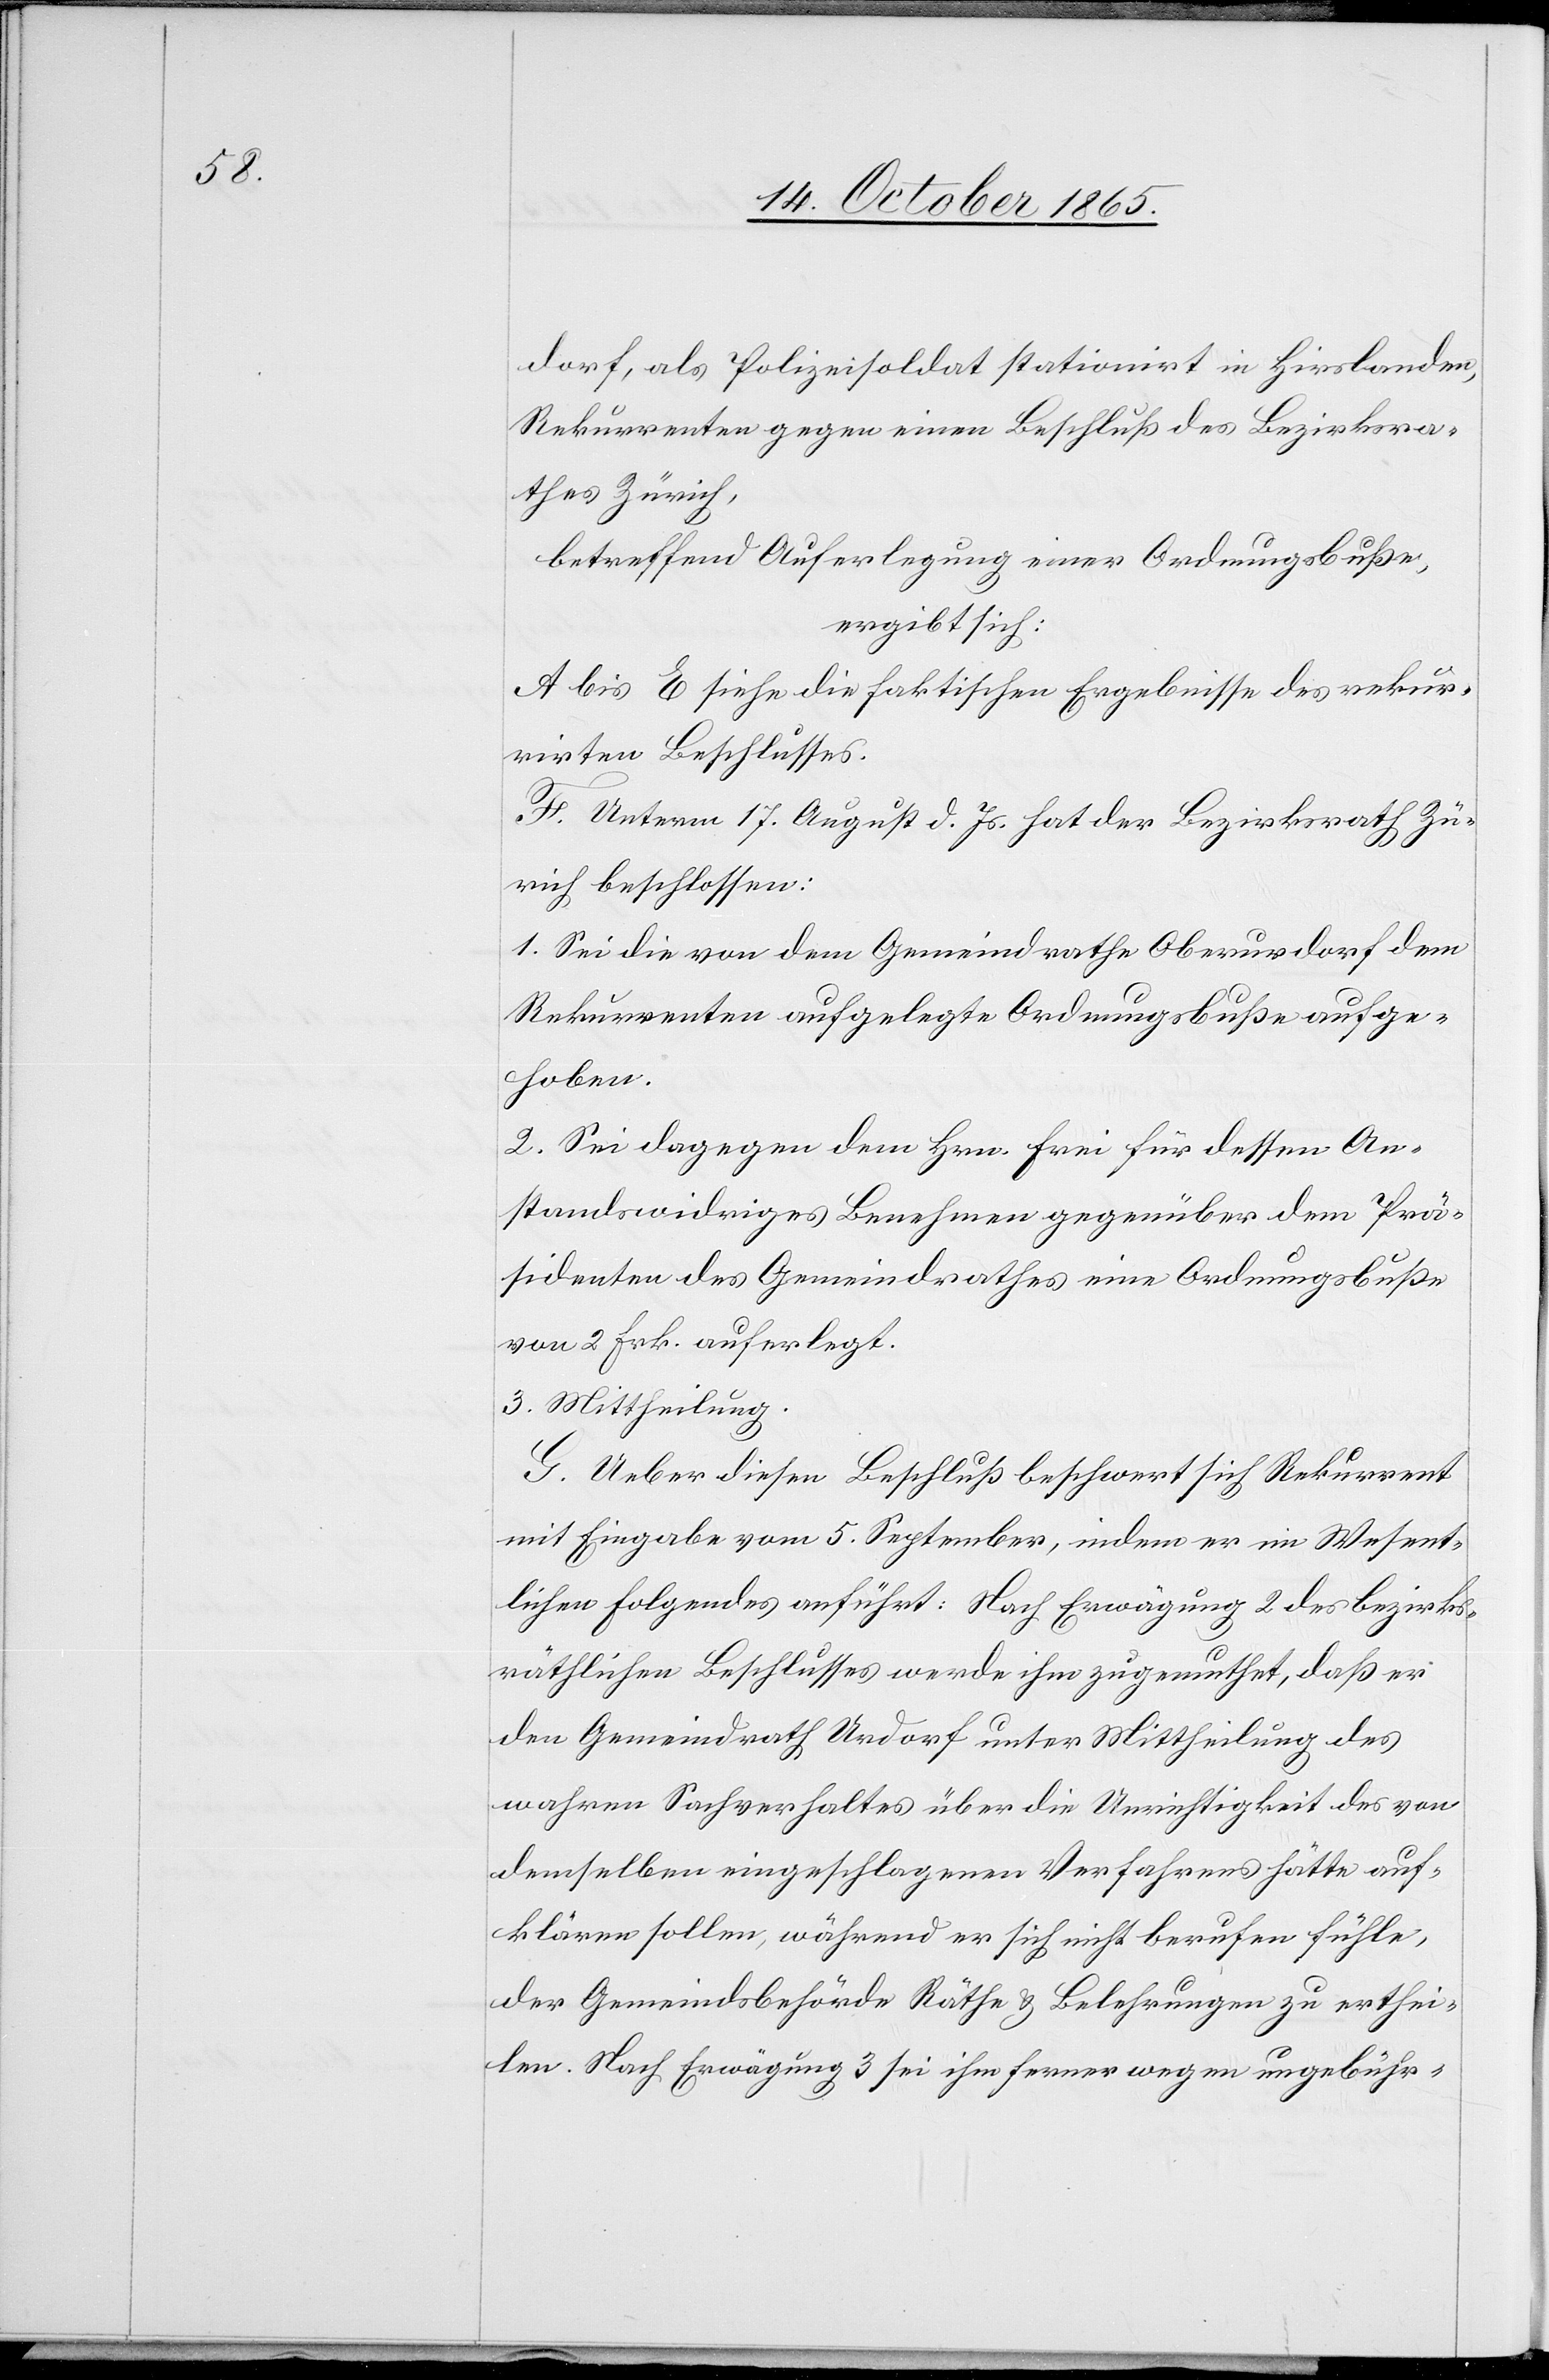
dorf, als Polizeisoldat stationirt in Hirslanden,
Rekurrenten gegen einen Beschluß des Bezirksra¬
thes Zürich,
betreffend Auferlegung einer Ordnungsbuße,
ergibt sich:
A bis E siehe die faktischen Ergebnisse des rekur¬
rirten Beschlusses.
F. Unterm 17. August d. Js. hat der Bezirksrath Zü¬
rich beschlossen:
1. Sei die von dem Gemeindrathe Oberurdorf dem
Rekurrenten auferlegte Ordnungsbuße aufge¬
hoben.
2. Sei dagegen dem Hrn. Frei für dessen An¬
standswidriges Benehmen gegenüber dem Prä¬
sidenten des Gemeindrathes eine Ordnungsbuße
von 2 Frk. auferlegt.
3. Mittheilung.
G. Ueber diesen Beschluß beschwert sich Rekurrent
mit Eingabe vom 5. September, indem er im Wesent¬
lichen folgendes anführt: Nach Erwägung 2 des bezirks¬
räthlichen Beschlusses werde ihm zugemuthet, daß er
den Gemeindrath Urdorf unter Mittheilung des
wahren Sachverhaltes über die Unrichtigkeit des von
demselben eingeschlagenen Verfahrens hätte auf¬
klären sollen, während er sich nicht berufen fühle,
der Gemeindsbehörde Räthe & Belehrungen zu erthei¬
len. Nach Erwägung 3 sei ihm ferner wegen ungebühr-